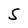
Character: S